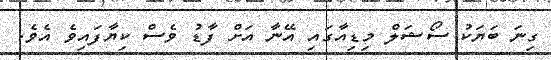
ގިނަ ބަޔަކު ސޯޝަލް މިޑިއާގައި އޭނާ އަށް ފާޑު ވެސް ކިޔާފައިވެ އެވެ.